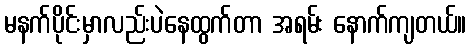
မနက်ပိုင်းမှာလည်းပဲနေထွက်တာ အရမ်း နောက်ကျတယ်။